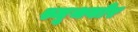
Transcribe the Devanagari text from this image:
स्मूथबोर